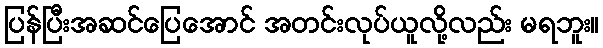
ပြန်ပြီးအဆင်ပြေအောင် အတင်းလုပ်ယူလို့လည်း မရဘူး။